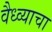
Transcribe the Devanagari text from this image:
वैध्व्याचा